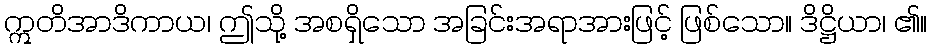
ဣတိအာဒိကာယ၊ ဤသို့ အစရှိသော အခြင်းအရာအားဖြင့် ဖြစ်သော။ ဒိဋ္ဌိယာ၊ ၏။